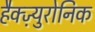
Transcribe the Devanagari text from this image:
हैक्ज़्युरोनिक